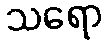
သရော